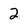
Character: 2